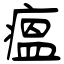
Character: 瘟